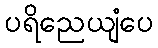
ပရိညေယျံပေ